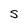
Character: S